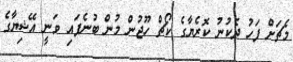
މެޗަށް ފަހު ދެކުނު ކޮރެޔާގެ ކޯޗް ހޫޖުން މުން ބުނެފައި ވަނީ އޭޝިޔާގެ